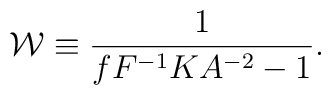
{\cal W} \equiv { 1 \over { f F^{-1} K A^{-2} - 1 } }.